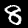
Digit: 8